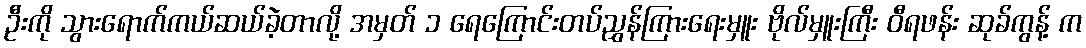
ဦးကို သွားရောက်ကယ်ဆယ်ခဲ့တာလို့ အမှတ် ၁ ရေကြောင်းတပ်ညွှန်ကြားရေးမှူး ဗိုလ်မှူးကြီး ဝီရဖန်း ဆုခ်ကွန့် က